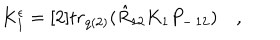
LaTeX: K _ { 1 } ^ { \epsilon } = [ 2 ] t r _ { q ( 2 ) } ( \hat { R } _ { 1 2 } K _ { 1 } P _ { - \, 1 2 } ) \quad ,